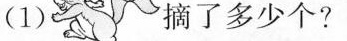
(1) 摘了多少个?